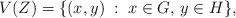
LaTeX: \begin{align*}V(Z)= \{ (x,y)\; :\; x \in G,\, y\in H\},\end{align*}